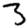
Digit: 3